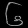
Digit: ၆